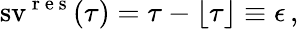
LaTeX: \operatorname{sv}^{\mathrm{~r~e~s~}}(\tau)=\tau-\lfloor\tau\rfloor\equiv\epsilon\, ,